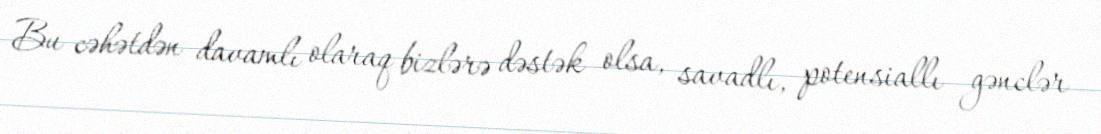
Bu cəhətdən davamlı olaraq bizlərə dəstək olsa, savadlı, potensiallı gənclər